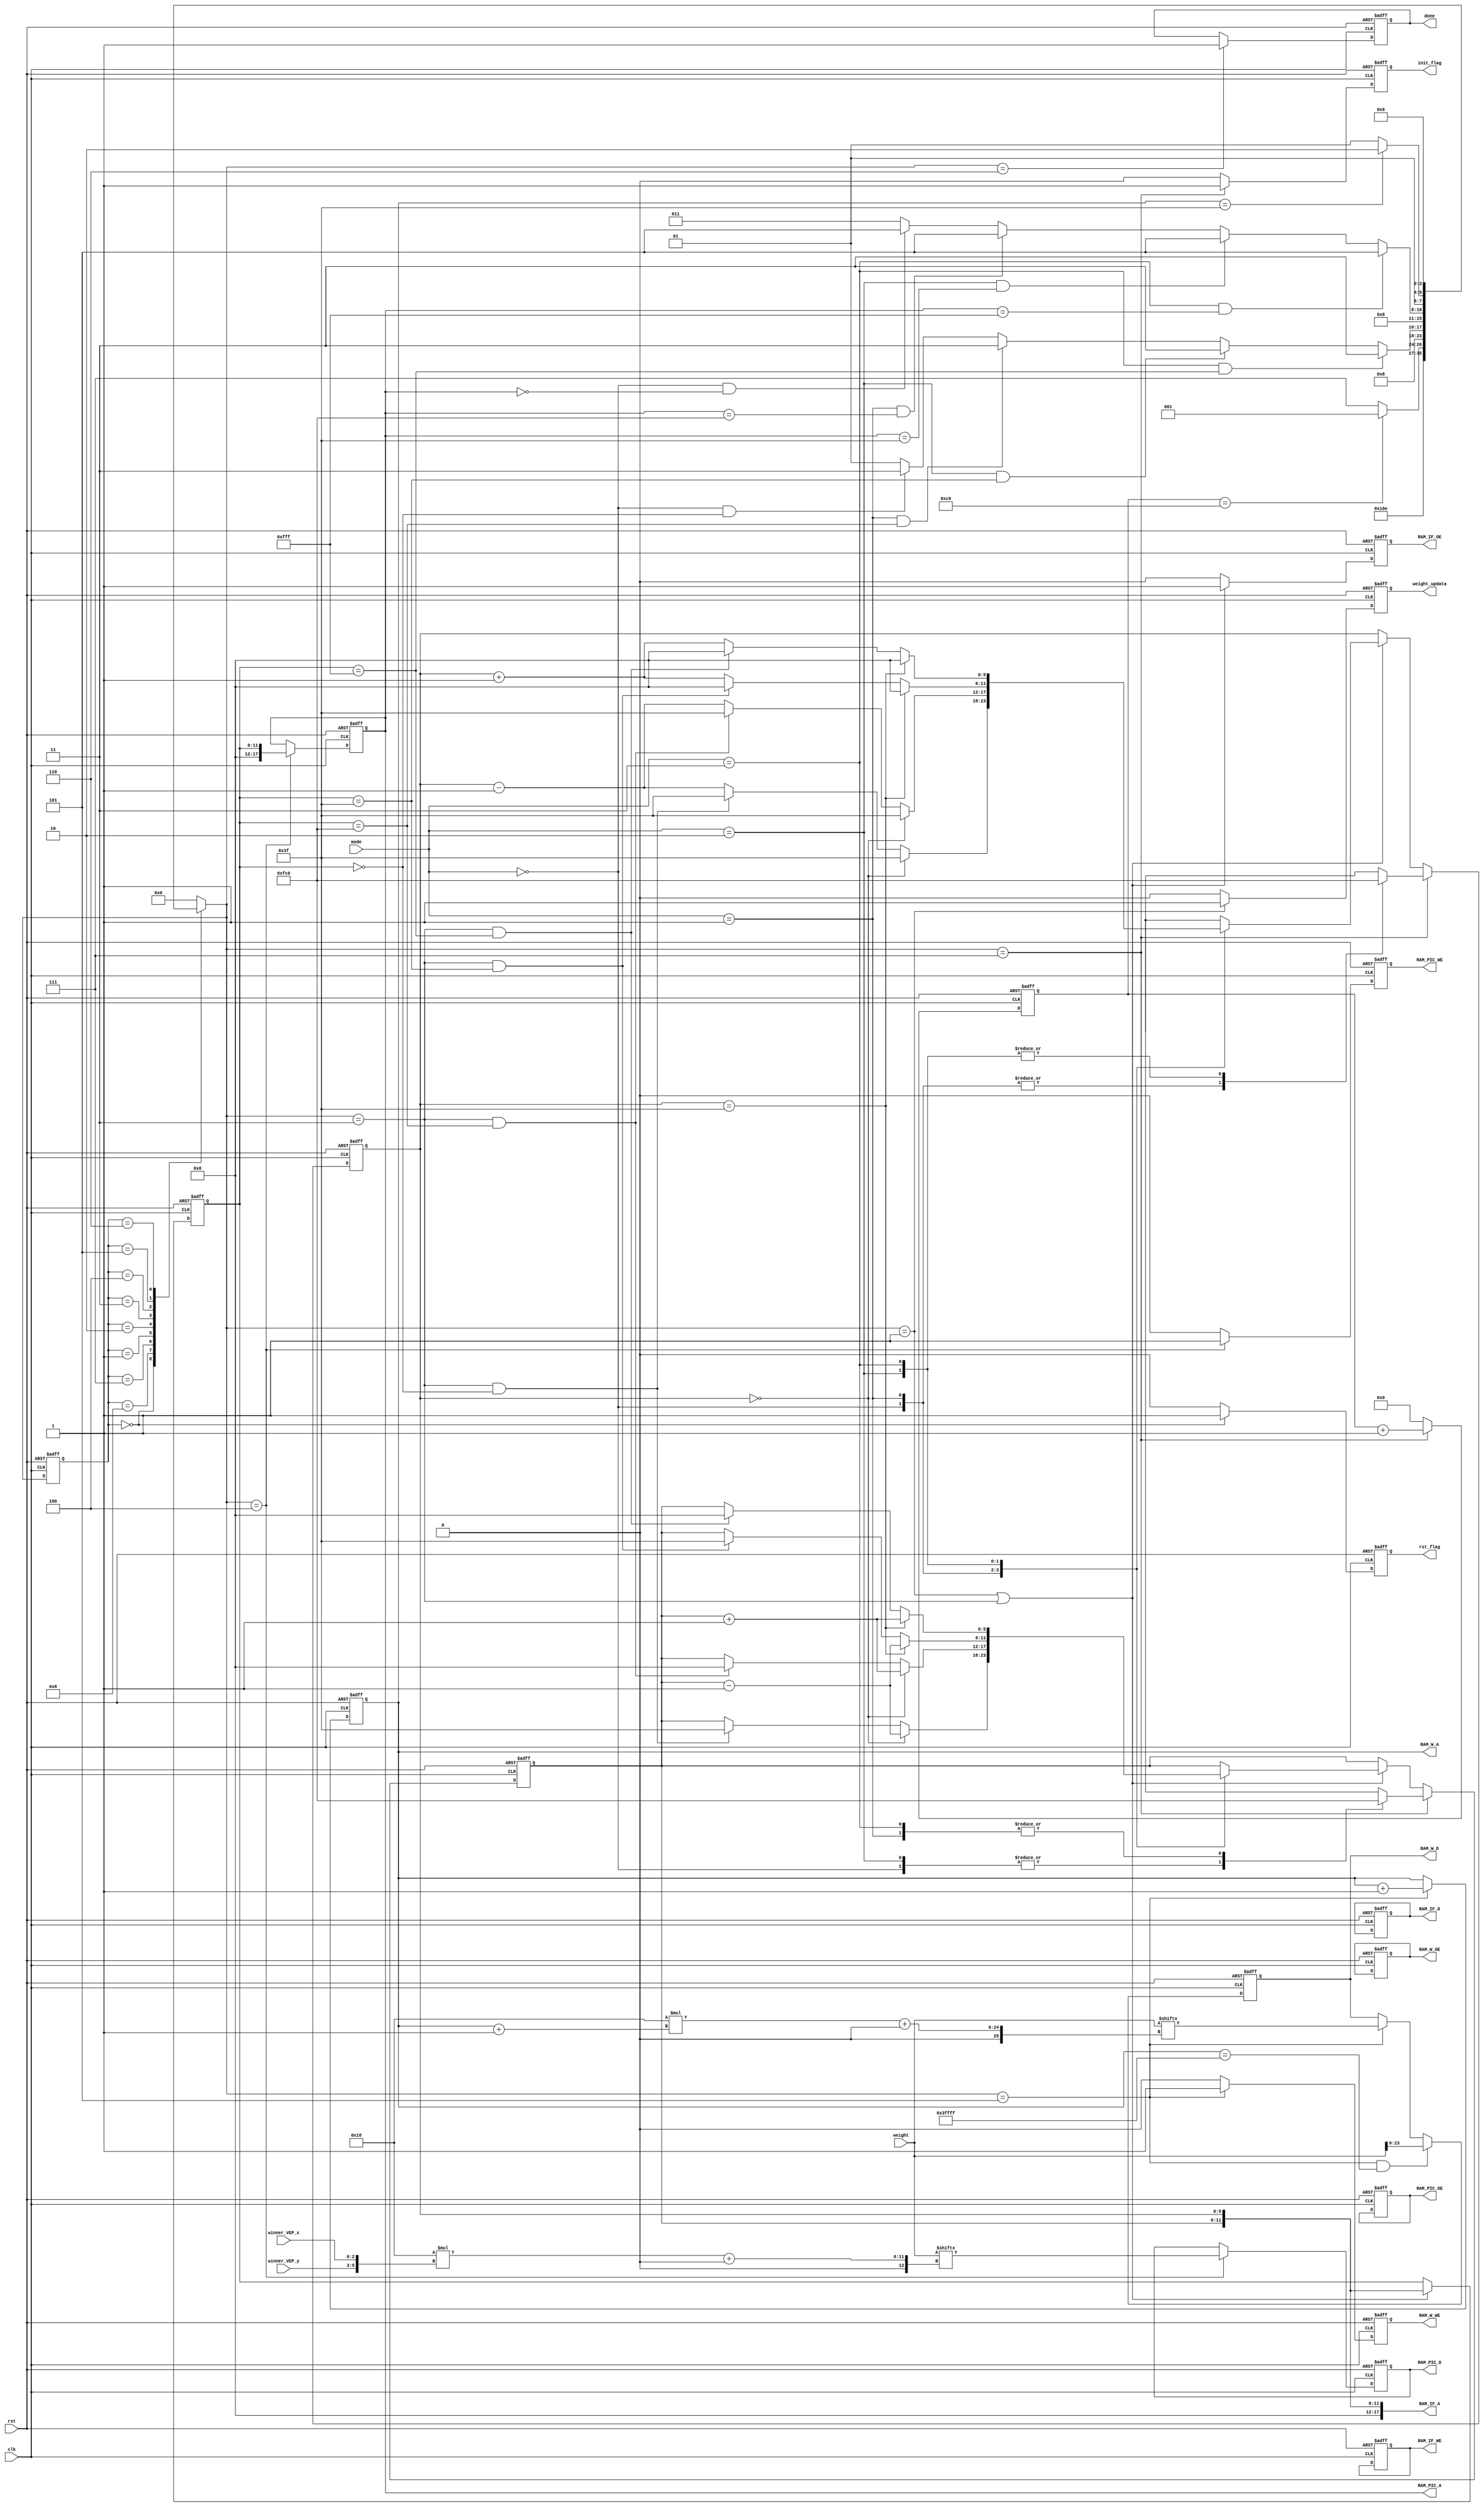
module controller(
  input                 clk,
  input                 rst,
  input   [1:0]         mode,
  input   [24*64 - 1:0] weight,
  input   [2:0]         winner_VEP_x,
  input   [2:0]         winner_VEP_y,
  //IF original picture
  output  reg              RAM_IF_OE,
  output  reg               RAM_IF_WE,
  output  reg [17:0]        RAM_IF_A,
  output  reg [23:0]        RAM_IF_D,
  //W codebook
  output  reg              RAM_W_OE,
  output  reg              RAM_W_WE,
  output  reg [17:0]        RAM_W_A,
  output  reg [23:0]        RAM_W_D,
  //PIC output picture
  output  reg              RAM_PIC_OE,
  output  reg              RAM_PIC_WE,
  output  reg[17:0]        RAM_PIC_A,
  output  reg [23:0]        RAM_PIC_D,
  
  output reg init_flag,
  output reg rst_flag,
  output  reg               weight_updata,
  output  reg               done
);
reg [7:0] cnt_init;
reg [5:0] RAM_IF_A_x;
reg [5:0] RAM_IF_A_y;
reg [11:0] after_IF_A;


parameter INIT=4'd0;
parameter IDLE=4'd7;        
parameter FIND_WIN1=4'd1;
parameter UPDATA_CB=4'd2;
parameter FIND_WIN2=4'd3;
parameter WRITE_PIC=4'd4;
parameter OUTPUT_CB=4'd5;
parameter FINISH=4'd6;
parameter RST=4'd8; 

reg [3:0] ns,cs;
always@(posedge clk or posedge rst)begin
	if(rst)
		cs <= INIT;
	else
		cs <= ns;
end
always@(*)begin
	case(cs)
		INIT:
			ns = RST;
		RST:
			ns = IDLE;
		IDLE:
			if(cnt_init==8'd192)
				ns = FIND_WIN1;
			else
				ns = IDLE;
		FIND_WIN1:begin
			ns = UPDATA_CB;	
		end
		UPDATA_CB:begin
			if(mode==2'd3 && after_IF_A ==12'd4095)//input picture
				ns = FIND_WIN2;
			else if(mode==2'd2 && after_IF_A ==12'd63)//input picture
				ns = FIND_WIN2;
			else if(mode==2'd1 && after_IF_A ==12'd4032)//input picture
				ns = FIND_WIN2;
			else if(mode==2'd0 && after_IF_A ==12'd0)//input picture
				ns = FIND_WIN2;
			else
				ns = FIND_WIN1;
		end
		FIND_WIN2:begin
			ns = WRITE_PIC;	
		end
		WRITE_PIC:begin
			if(mode==2'd3 && RAM_PIC_A==18'd4095)//output picture
				ns = OUTPUT_CB;
			else if(mode==2'd2 && RAM_PIC_A==18'd63)//output picture
				ns = OUTPUT_CB;
			else if(mode==2'd1 && RAM_PIC_A==18'd4032)//output picture
				ns = OUTPUT_CB;
			else if(mode==2'd0 && RAM_PIC_A==18'd0)//output picture
				ns = OUTPUT_CB;
			else
				ns = FIND_WIN2;
		end
		OUTPUT_CB:begin
			if(RAM_W_A==18'd63)//output codebook
				ns = FINISH;
			else
				ns = OUTPUT_CB;
		end
		FINISH:begin
			ns = FINISH;
		end
		default:
			ns = INIT;
	endcase		
end
always@(posedge rst or posedge clk) begin
	if (rst)begin
		rst_flag <= 1'b0;
	end
	else if(cs==INIT)begin
		rst_flag <= 1'b1;
	end
	else
		rst_flag <= 1'b0;
end
//cnt_init
always@(posedge clk or posedge rst)begin
	if(rst)
		cnt_init <= 8'd0;
	else if(ns == IDLE)
		cnt_init <= cnt_init + 8'd1;
	else
		cnt_init <= 8'd0;
end
//init_flag
always@(posedge rst or posedge clk) begin
	if (rst)begin
		init_flag <= 1'b0;
	end
	else if(ns==IDLE)begin
		init_flag <= 1'b1;
	end
	else
		init_flag <= 1'b0;
end


always@(posedge clk or posedge rst)begin
	if(rst)
		after_IF_A <= 12'd0;
	else if(ns== FIND_WIN1 || ns==FIND_WIN2)
		after_IF_A <= RAM_IF_A[11:0];
end

//weight_updata
always@(posedge clk or posedge rst)begin
	if(rst)
		weight_updata <= 1'b0;
	else if(ns == FIND_WIN1)
		weight_updata <= 1'b1;
	else
		weight_updata <= 1'b0;
end

/*not important=====================================*/
//RAM_IF_WE not use
always@(posedge clk or posedge rst) begin
	if(rst)
		RAM_IF_WE <= 1'b0;
end
//RAM_IF_D not use
always@(posedge clk or posedge rst) begin
	if(rst)
		RAM_IF_D <= 24'd0;
end
//RAM_W_OE not use
always@(posedge clk or posedge rst) begin
	if(rst)
		RAM_W_OE <= 1'b0;
end
//RAM_PIC_OE not use
always@(posedge clk or posedge rst) begin
	if(rst)
		RAM_PIC_OE <= 1'b0;
end
/*=========================================*/

//Ram_PIC_D
wire [5:0] position;
assign position = {winner_VEP_y,winner_VEP_x};
always@(posedge clk or posedge rst)begin
	if(rst)
	    RAM_PIC_D <= 24'd0;
	else if(ns == WRITE_PIC)
	    RAM_PIC_D <= weight[(24*position)+:24];
end
	//(10*(i*8+j))+:10
//RAM_PIC_A(0~4095)
always@(posedge clk or posedge rst)begin
	if(rst)
	    RAM_PIC_A <= 18'd262142;//18'd262142
	else if(ns == WRITE_PIC)
	    RAM_PIC_A <= {6'd0,after_IF_A};
end
//RAM_PIC_WE
always@(posedge clk or posedge rst)begin
	if(rst)
	    RAM_PIC_WE <= 1'd0;
	else if(ns == WRITE_PIC)
	    RAM_PIC_WE <= 1'd1;
	else
	    RAM_PIC_WE <= 1'd0;	
end
//done
always@(posedge clk or posedge rst)begin
	if(rst)
	   done<=1'b0;
	else if(ns == FINISH)
	   done<=1'b1; 
end

//RAM_W_WE
always@(posedge clk or posedge rst)begin
	if(rst)begin
		RAM_W_WE <= 1'd0;
	end
	else if(ns == OUTPUT_CB)begin
		RAM_W_WE <= 1'd1;
	end
	else
		RAM_W_WE <= 1'b0;
end
//RAM_W_A(0~63)
always@(posedge clk or posedge rst)begin
	if(rst)begin
		RAM_W_A <= 18'd262143;
	end
	else if(ns == OUTPUT_CB)begin
		RAM_W_A <= RAM_W_A + 18'd1;
	end
	else
		RAM_W_A <= RAM_W_A;
end
//RAM_W_D
always@(posedge clk or posedge rst)begin
	if(rst)begin
		RAM_W_D <= 24'd0;
	end
	else if(ns == OUTPUT_CB && RAM_W_A==18'd262143)begin
		RAM_W_D <= weight[23:0];
	end
	else if(ns == OUTPUT_CB)begin
		RAM_W_D <= weight[(24*(RAM_W_A+18'd1))+:24];
	end
end

//RAM_IF_OE
always@(posedge clk or posedge rst)begin
	if(rst)begin
		RAM_IF_OE <= 1'b0;
	end
	else if(ns == FIND_WIN1 || ns== FIND_WIN2)begin
		RAM_IF_OE <= 1'b1;
	end
	else
		RAM_IF_OE <= 1'b0;
end
//RAM_IF_A
always @(*) begin
	RAM_IF_A = {6'd0,RAM_IF_A_y,RAM_IF_A_x};	
end

//{y,x}
always@(posedge rst or posedge clk) begin
	if(rst)begin
		RAM_IF_A_x <= 6'd0;
		RAM_IF_A_y <= 6'd0;
	end
	else if(ns==IDLE)begin	
		case (mode)
			2'd0:begin
				RAM_IF_A_x <= 6'd63;
				RAM_IF_A_y <= 6'd63;
			end
			2'd1:begin
				RAM_IF_A_x <= 6'd63;
				RAM_IF_A_y <= 6'd0;
			end
			2'd2:begin
				RAM_IF_A_x <= 6'd0;
				RAM_IF_A_y <= 6'd63;
			end
			2'd3:begin
				RAM_IF_A_x <= 6'd0;
				RAM_IF_A_y <= 6'd0;
			end  
		endcase
	end
	else if(ns == FIND_WIN1 || ns== FIND_WIN2)begin
		case (mode)
			2'd0:begin
				if(RAM_IF_A_x == 6'd0)begin
					RAM_IF_A_x <= 6'd63;
					RAM_IF_A_y <= RAM_IF_A_y - 6'd1;
				end
				else if(ns == FIND_WIN2 && after_IF_A ==12'd0)begin
					RAM_IF_A_x <= 6'd63;
					RAM_IF_A_y <= 6'd63;
				end
				else begin
					RAM_IF_A_x <= RAM_IF_A_x - 6'd1;
				end
			end
			2'd1:begin
				if(RAM_IF_A_x == 6'd0)begin
					RAM_IF_A_x <= 6'd63;
					RAM_IF_A_y <= RAM_IF_A_y + 6'd1;
				end
				else if(ns == FIND_WIN2 && after_IF_A ==12'd4032)begin
					RAM_IF_A_x <= 6'd63;
					RAM_IF_A_y <= 6'd0;
				end
				else begin
					RAM_IF_A_x <= RAM_IF_A_x - 6'd1;
				end
			end
			2'd2:begin
				if(RAM_IF_A_x == 6'd63)begin
					RAM_IF_A_x <= 6'd0;
					RAM_IF_A_y <= RAM_IF_A_y - 6'd1;
				end
				else if(ns == FIND_WIN2 && after_IF_A ==12'd63)begin
					RAM_IF_A_x <= 6'd0;
					RAM_IF_A_y <= 6'd63;
				end
				else begin
					RAM_IF_A_x <= RAM_IF_A_x + 6'd1;
				end
			end
			2'd3:begin
				if(RAM_IF_A_x == 6'd63)begin
					RAM_IF_A_x <= 6'd0;
					RAM_IF_A_y <= RAM_IF_A_y + 6'd1;
				end
				else if(ns == FIND_WIN2 && after_IF_A ==12'd4095)begin
					RAM_IF_A_x <= 6'd0;
					RAM_IF_A_y <= 6'd0;
				end
				else begin
					RAM_IF_A_x <= RAM_IF_A_x + 6'd1;
				end
			end
		endcase
	end
end








endmodule